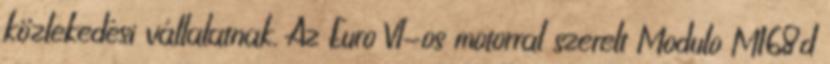
közlekedési vállalatnak. Az Euro VI-os motorral szerelt Modulo M168d